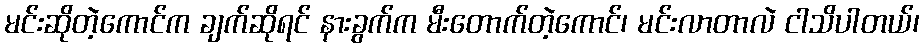
မင်းဆိုတဲ့ကောင်က ချက်ဆိုရင် နားခွက်က မီးတောက်တဲ့ကောင်၊ မင်းလာတာလဲ ငါသိပါတယ်၊